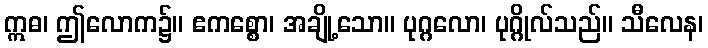
ဣဓ၊ ဤလောက၌။ ဧကစ္စော၊ အချို့သော။ ပုဂ္ဂလော၊ ပုဂ္ဂိုလ်သည်။ သီလေန၊